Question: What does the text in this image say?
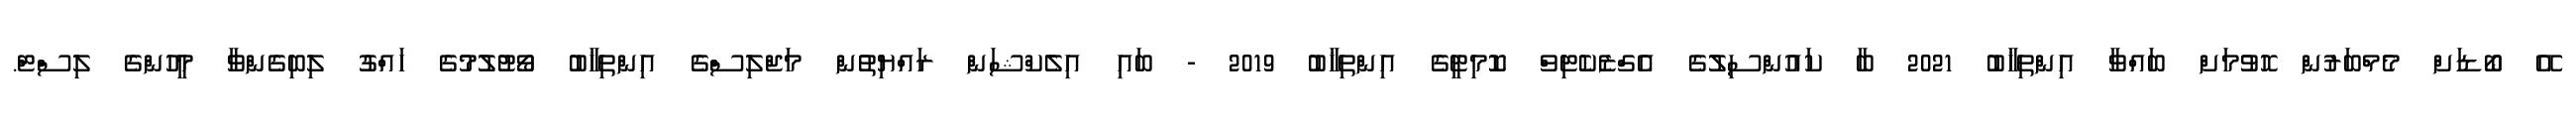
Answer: އޭ ބޯޑަށް މެމްބަރުން ހޮވުމަށް ބައްވާ އިންތިޚާބު 2021 ބާ ކައުންސިލުގެ އެގްޒެކެޓިވް ކޮމިޓީގެ އިންތިޚާބު 2019 - ބައި އިލެކްޝަން ރައްޔިތުން މަޖްލިސްގެ އިންތިޚާބު ވޯޓުލުމުގެ ހައްގު ލިބިގެންވާ މީހުންގެ ލިސްޓް.